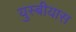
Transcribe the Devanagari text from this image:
युस्बीयास